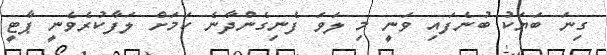
ގިނަ ބަޔަކު ބުނެފައި ވަނީ މި ލަވަ ފެނިގެންދާނެ ކަމަށް ލަފާކުރެވެނީ ޕާޓީ